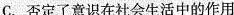
C. 否定了意识在社会生活中的作用